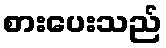
စားပေးသည်